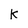
Character: k